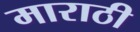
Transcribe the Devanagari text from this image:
माराठी